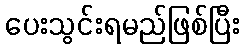
ပေးသွင်းရမည်ဖြစ်ပြီး